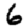
Digit: 6